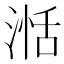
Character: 湉